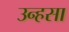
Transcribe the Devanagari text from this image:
उन्हसा